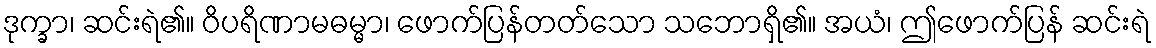
ဒုက္ခာ၊ ဆင်းရဲ၏။ ဝိပရိဏာမဓမ္မာ၊ ဖောက်ပြန်တတ်သော သဘောရှိ၏။ အယံ၊ ဤဖောက်ပြန် ဆင်းရဲ